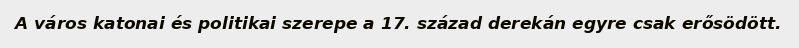
A város katonai és politikai szerepe a 17. század derekán egyre csak erősödött.